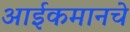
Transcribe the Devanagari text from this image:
आईकमानचे